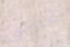
تحتاجني